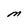
Character: M